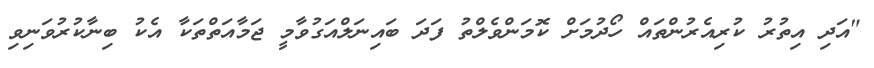
"އަދި އިތުރު ކުރިއެރުންތައް ހޯދުމަށް ކޮމަންވެލްތު ފަދަ ބައިނަލްއަގުވާމީ ޖަމާއަތްތަކާ އެކު ބިނާކުރުވަނިވި